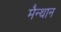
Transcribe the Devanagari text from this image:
मैन्थान